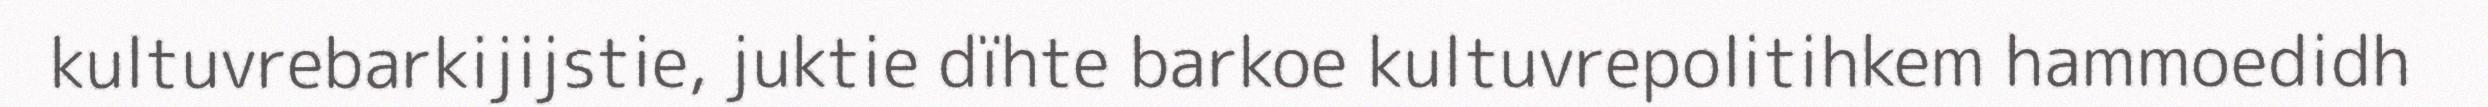
kultuvrebarkijijstie, juktie dïhte barkoe kultuvrepolitihkem hammoedidh